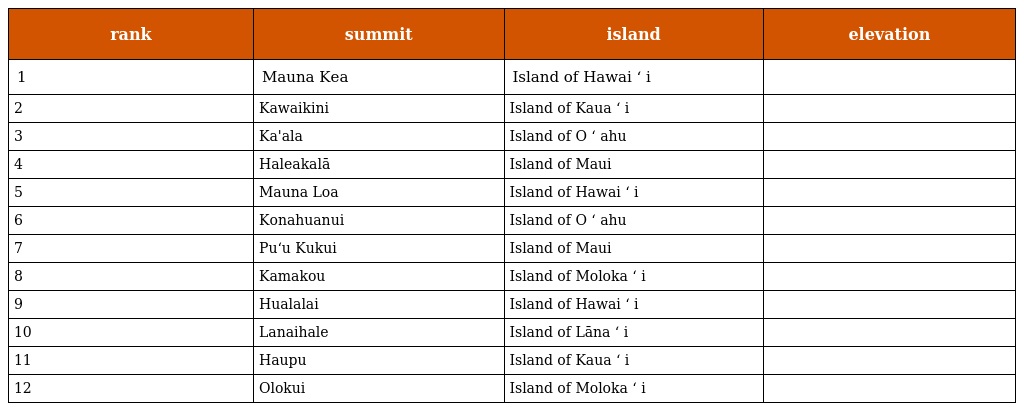
| rank | summit | island | elevation |
 | --- | --- | --- | --- |
 | 1 | Mauna Kea | Island of Hawai ʻ i |  |
 | 2 | Kawaikini | Island of Kaua ʻ i |  |
 | 3 | Ka'ala | Island of O ʻ ahu |  |
 | 4 | Haleakalā | Island of Maui |  |
 | 5 | Mauna Loa | Island of Hawai ʻ i |  |
 | 6 | Konahuanui | Island of O ʻ ahu |  |
 | 7 | Puʻu Kukui | Island of Maui |  |
 | 8 | Kamakou | Island of Moloka ʻ i |  |
 | 9 | Hualalai | Island of Hawai ʻ i |  |
 | 10 | Lanaihale | Island of Lāna ʻ i |  |
 | 11 | Haupu | Island of Kaua ʻ i |  |
 | 12 | Olokui | Island of Moloka ʻ i |  |